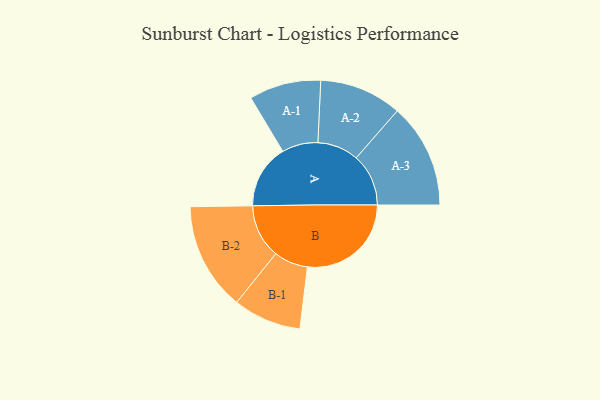
{"axis": {"x": "Segment", "y": "Value"}, "legend": ["", "A", "B"], "data": [{"x": "A", "y": 306, "type": ""}, {"x": "B", "y": 496, "type": ""}, {"x": "A-1", "y": 172, "type": "A"}, {"x": "A-2", "y": 197, "type": "A"}, {"x": "A-3", "y": 250, "type": "A"}, {"x": "B-1", "y": 163, "type": "B"}, {"x": "B-2", "y": 258, "type": "B"}]}